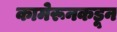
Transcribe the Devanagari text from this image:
कामेरूनकडून